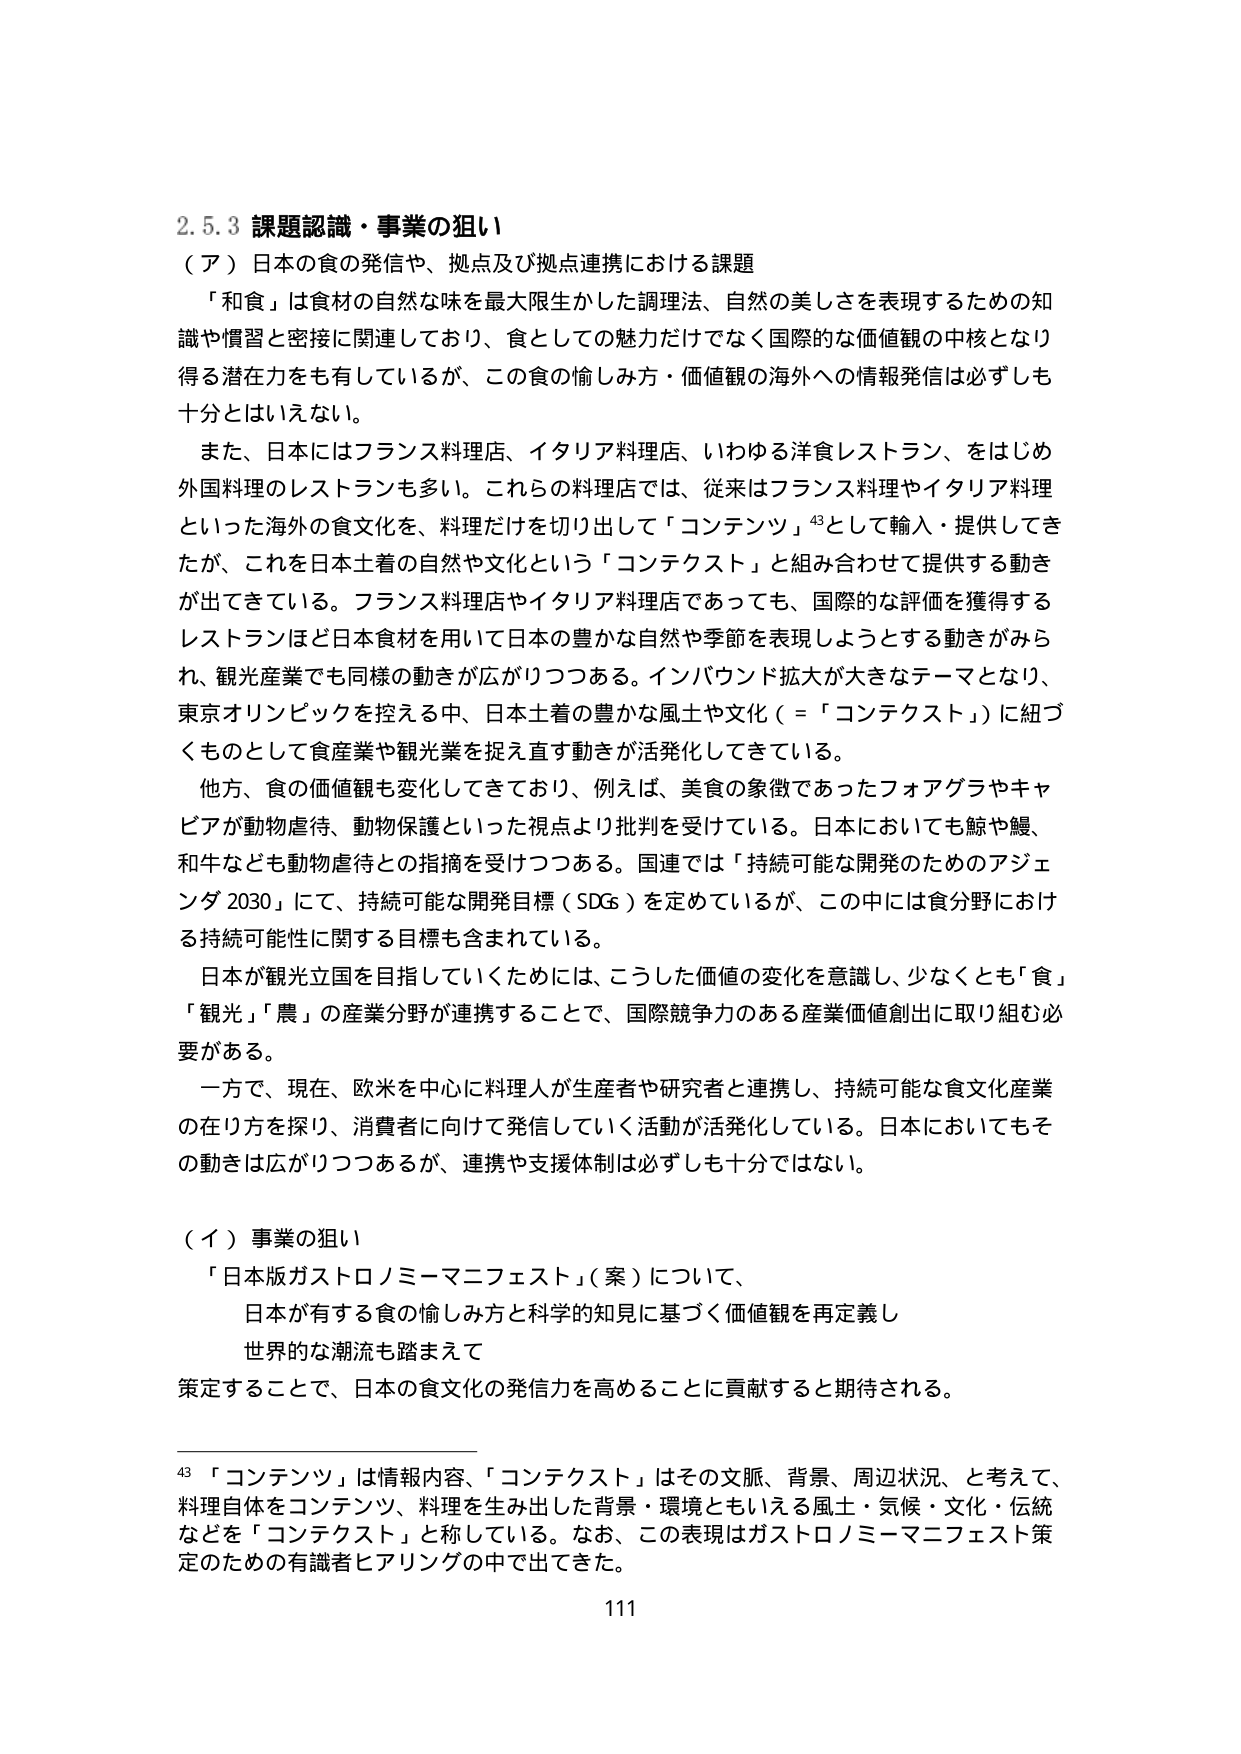
2.5.3 課題認識・事業の狙い
（ア）日本の食の発信や、拠点及び拠点連携における課題
「和食」は食材の自然な味を最大限生かした調理法、自然の美しさを表現するための知識や慣習と密接に関連しており、食としての魅力だけでなく国際的な価値観の中核となり得る潜在力をも有しているが、この食の愉しみ方・価値観の海外への情報発信は必ずしも十分とはいえない。
また、日本にはフランス料理店、イタリア料理店、いわゆる洋食レストラン、をはじめ外国料理のレストランも多い。これらの料理店では、従来はフランス料理やイタリア料理といった海外の食文化を、料理だけを切り出して「コンテンツ」⁴³として輸入・提供してきたが、これを日本土着の自然や文化という「コンテクスト」と組み合わせて提供する動きが出てきている。フランス料理店やイタリア料理店であっても、国際的な評価を獲得するレストランほど日本食材を用いて日本の豊かな自然や季節を表現しようとする動きがみられ、観光産業でも同様の動きが広がりつつある。インバウンド拡大が大きなテーマとなり、東京オリンピックを控える中、日本土着の豊かな風土や文化（＝「コンテクスト」）に紐づくものとして食産業や観光業を捉え直す動きが活発化してきている。
他方、食の価値観も変化してきており、例えば、美食の象徴であったフォアグラやキャビアが動物虐待、動物保護といった視点より批判を受けている。日本においても鯨や鰻、和牛なども動物虐待との指摘を受けつつある。国連では「持続可能な開発のためのアジェンダ2030」にて、持続可能な開発目標（SDGs）を定めているが、この中には食分野における持続可能性に関する目標も含まれている。
日本が観光立国を目指していくためには、こうした価値の変化を意識し、少なくとも「食」「観光」「農」の産業分野が連携することで、国際競争力のある産業価値創出に取り組む必要がある。
一方で、現在、欧米を中心に料理人が生産者や研究者と連携し、持続可能な食文化産業の在り方を探り、消費者に向けて発信していく活動が活発化している。日本においてもその動きは広がりつつあるが、連携や支援体制は必ずしも十分ではない。

（イ）事業の狙い
「日本版ガストロノミーマニフェスト」（案）について、
日本が有する食の愉しみ方と科学的知見に基づく価値観を再定義し
世界的な潮流も踏まえて
策定することで、日本の食文化の発信力を高めることに貢献すると期待される。

⁴³ 「コンテンツ」は情報内容、「コンテクスト」はその文脈、背景、周辺状況、と考えて、料理自体をコンテンツ、料理を生み出した背景・環境ともいえる風土・気候・文化・伝統などを「コンテクスト」と称している。なお、この表現はガストロノミーマニフェスト策定のための有識者ヒアリングの中で出てきた。
111